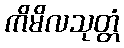
ကိမိလသုတ္တံ